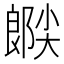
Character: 𫵉